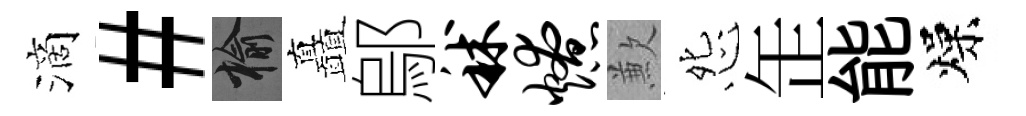
滴#榆矗鄔秫燎歉怨𦈢能燥